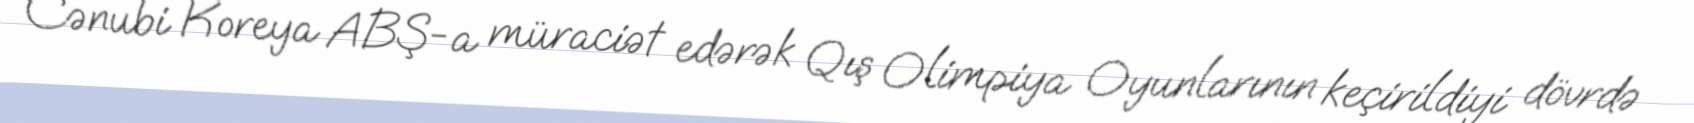
Cənubi Koreya ABŞ-a müraciət edərək Qış Olimpiya Oyunlarının keçirildiyi dövrdə